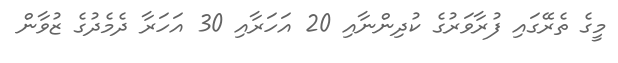
މީގެ ތެރޭގައި ފުރާވަރުގެ ކުދިންނާއި 20 އަހަރާއި 30 އަހަރާ ދެމެދުގެ ޒުވާން